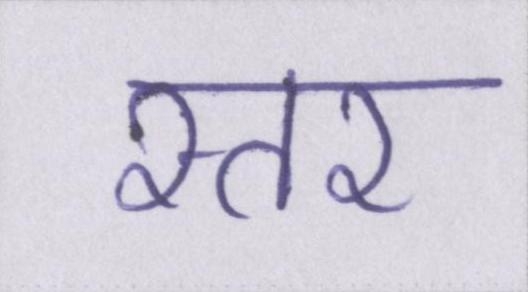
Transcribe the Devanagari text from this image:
स्तर